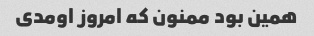
همین بود ممنون که امروز اومدی